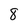
Character: 8